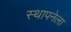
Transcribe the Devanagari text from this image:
स्‍थापनेला